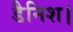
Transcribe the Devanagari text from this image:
डैनिश।